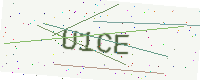
Text: U1CE